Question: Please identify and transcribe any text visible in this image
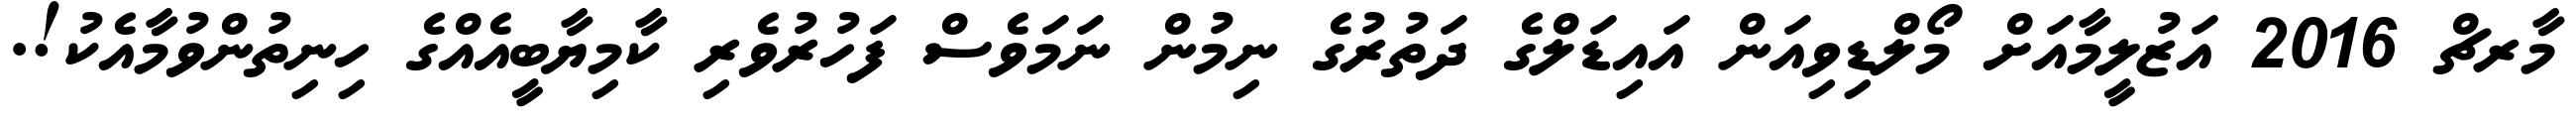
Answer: މާރޗް 2016 އަޒުލީމާއަށް މޯލްޑިވިއަން އައިޑަލްގެ ދަތުރުގެ ނިމުން ނަމަވެސް ފަހުރުވެރި ކާމިޔާބީއެއްގެ ހިނިތުންވުމާއެކު!.